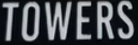
TOWERS